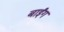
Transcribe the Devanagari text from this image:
बाईंग